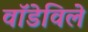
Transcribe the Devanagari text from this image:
वॉडेविले